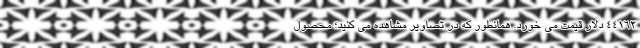
44162 دلار قیمت می خورد. همانطور که در تصاویر مشاهده می کنید؛ محصول